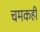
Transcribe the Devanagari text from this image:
चमकही